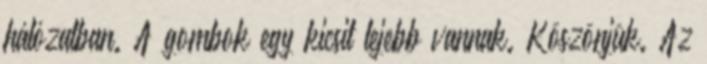
hálózatban. A gombok egy kicsit lejebb vannak. Köszönjük. Az